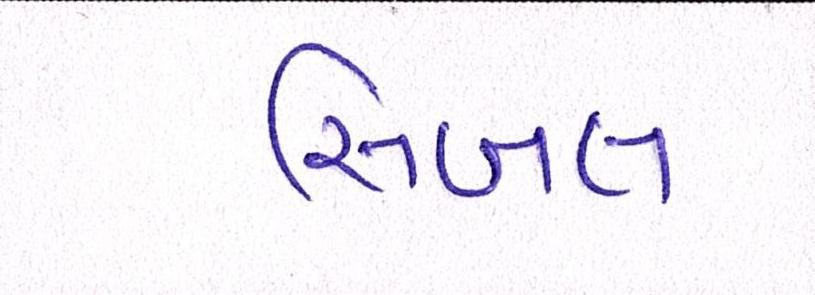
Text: સિબલ